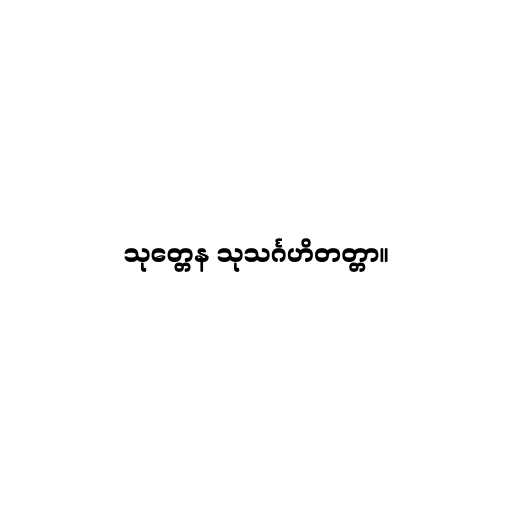
သုတ္တေန သုသင်္ဂဟိတတ္တာ။